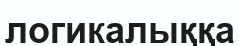
логикалыққа